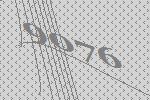
9076